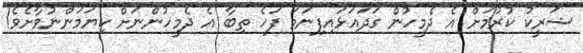
ޝަރީކު ކުރުމަށް އެ ދެމީހުން ގަދައަޅައިފިނަމަ ފަހެ ތިބާ އެ ދެމީހުންނަށް ކިޔަމަންނުވާށެވެ!